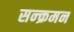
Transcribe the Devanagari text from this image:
सन्क्रमन